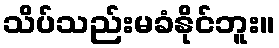
သိပ်သည်းမခံနိုင်ဘူး။